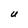
Character: U